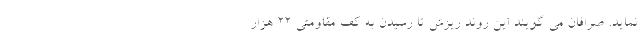
نماید. صرافان می گویند این روند ریزش تا رسیدن به کف مقاومتی ۲۲ هزار